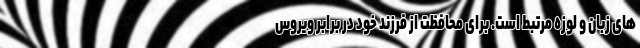
های زبان و لوزه مرتبط است. برای محافظت از فرزند خود در برابر ویروس